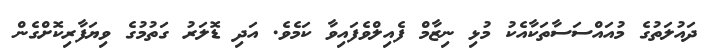
ދައުލަތުގެ މުއައްސަސާތަކާއެކު މުޅި ނިޒާމް ފެއިލްވެފައިވާ ކަމެވެ. އަދި ޑޮލަރު ގަތުމުގެ ވިޔަފާރިކޮށްގެން